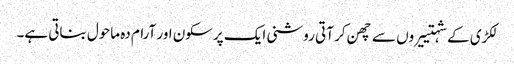
لکڑی کے شہتییروں سے چھن کر آتی روشنی ایک پرسکون اور آرام دہ ماحول بناتی ہے۔